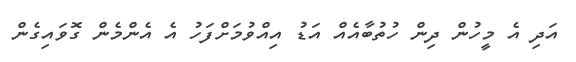
އަދި އެ މީހުން ދިން ހުތުބާއެއް އަޑު އިއްވުމަށްފަހު އެ އެންމެން ގޮވައިގެން